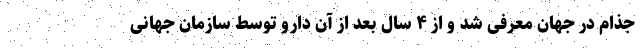
جذام در جهان معرفی شد و از ۴ سال بعد از آن دارو توسط سازمان جهانی